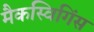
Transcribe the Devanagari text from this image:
मैकस्विगिंस